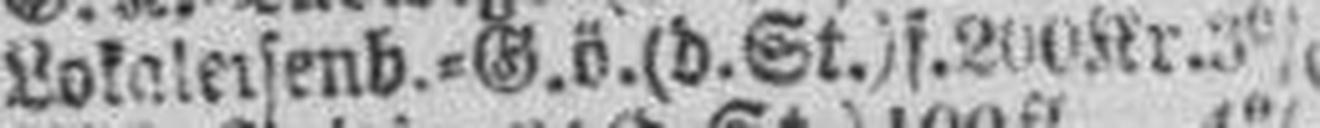
Lokaleisenb.=G. ö. (d. St.) f. 200 Kr. 3%